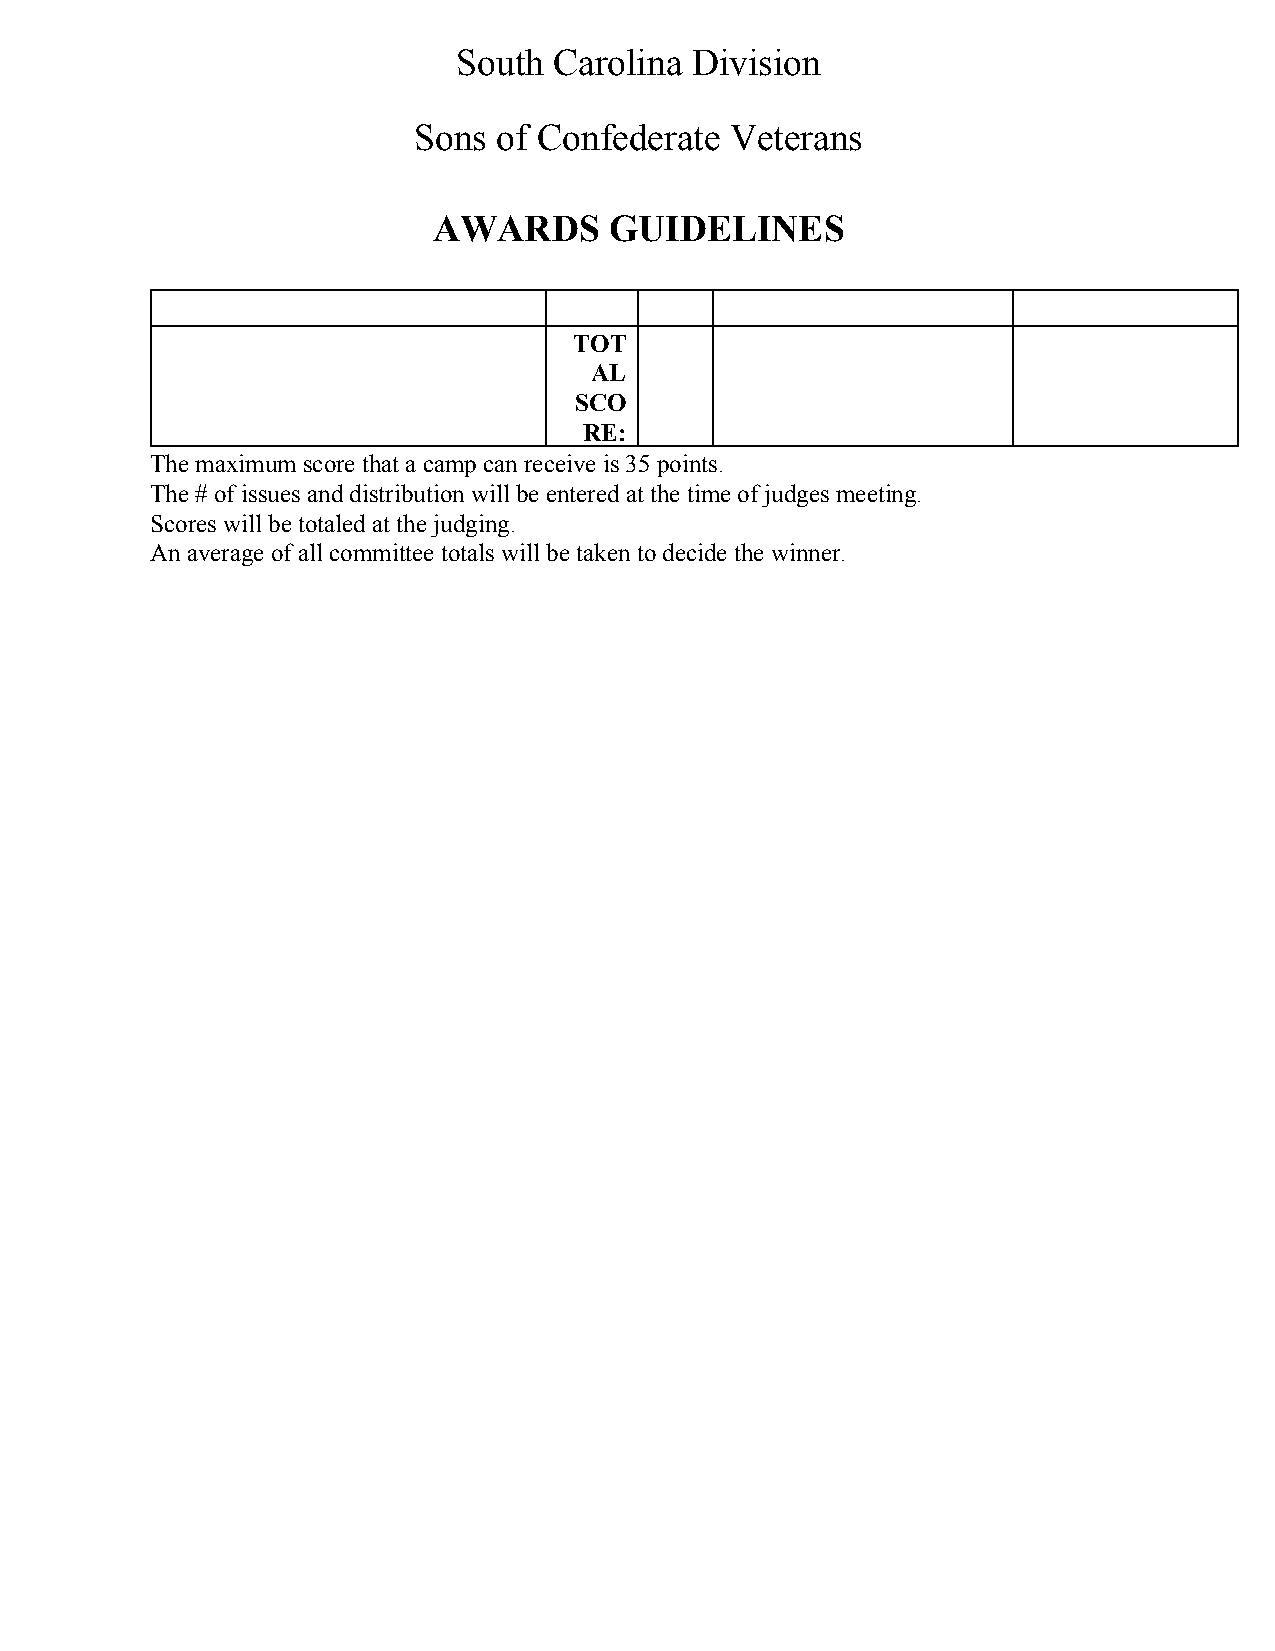
South  Carolina Division
 Sons  of Confederate Veterans
 AWARDS     GUIDELINES
 TOT
 AL
 SCO
 RE:
 The maximum score that a camp can receive is 35 points.
 The # of issues and distribution will be entered at the time of judges meeting.
 Scores will be totaled at the judging.
 An average of all committee totals will be taken to decide the winner.